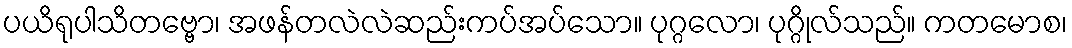
ပယိရုပါသိတဗ္ဗော၊ အဖန်တလဲလဲဆည်းကပ်အပ်သော။ ပုဂ္ဂလော၊ ပုဂ္ဂိုလ်သည်။ ကတမောစ၊